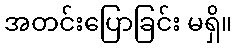
အတင်းပြောခြင်း မရှိ။